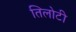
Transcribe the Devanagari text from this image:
तिलोटी